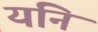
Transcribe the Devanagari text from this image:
यनि